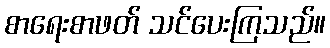
စာရေးစာဖတ် သင်ပေးကြသည်။